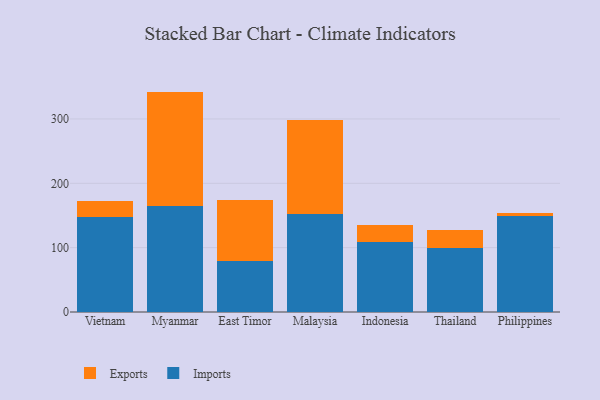
{"axis": {"x": "Country", "y": "Inventory Turnover"}, "legend": ["Exports", "Imports"], "data": [{"x": "Vietnam", "y": 148.4, "type": "Imports"}, {"x": "Vietnam", "y": 24.8, "type": "Exports"}, {"x": "Myanmar", "y": 164.8, "type": "Imports"}, {"x": "Myanmar", "y": 177.7, "type": "Exports"}, {"x": "East Timor", "y": 78.8, "type": "Imports"}, {"x": "East Timor", "y": 95.9, "type": "Exports"}, {"x": "Malaysia", "y": 152.1, "type": "Imports"}, {"x": "Malaysia", "y": 145.6, "type": "Exports"}, {"x": "Indonesia", "y": 109.2, "type": "Imports"}, {"x": "Indonesia", "y": 26.7, "type": "Exports"}, {"x": "Thailand", "y": 100.1, "type": "Imports"}, {"x": "Thailand", "y": 26.9, "type": "Exports"}, {"x": "Philippines", "y": 148.5, "type": "Imports"}, {"x": "Philippines", "y": 5.6, "type": "Exports"}]}